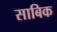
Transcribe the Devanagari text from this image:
साबिक